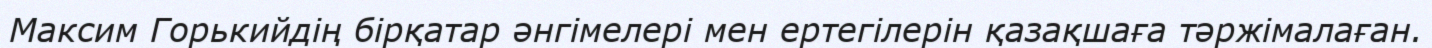
Максим Горькийдің бірқатар әнгімелері мен ертегілерін қазақшаға тәржімалаған.